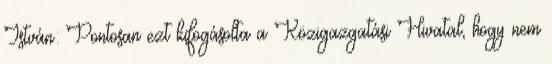
István: Pontosan ezt kifogásolta a Közigazgatási Hivatal, hogy nem